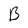
Character: B